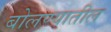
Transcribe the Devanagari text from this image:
बोलण्यातील